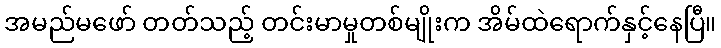
အမည်မဖော် တတ်သည့် တင်းမာမှုတစ်မျိုးက အိမ်ထဲရောက်နှင့်နေပြီ။